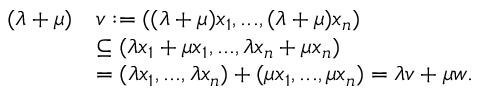
\begin{array} { r l } { ( \lambda + \mu ) } & { v : = ( ( \lambda + \mu ) x _ { 1 } , . . . , ( \lambda + \mu ) x _ { n } ) } \\ & { \subseteq ( \lambda x _ { 1 } + \mu x _ { 1 } , . . . , \lambda x _ { n } + \mu x _ { n } ) } \\ & { = ( \lambda x _ { 1 } , . . . , \lambda x _ { n } ) + ( \mu x _ { 1 } , . . . , \mu x _ { n } ) = \lambda v + \mu w . } \end{array}